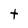
Character: t